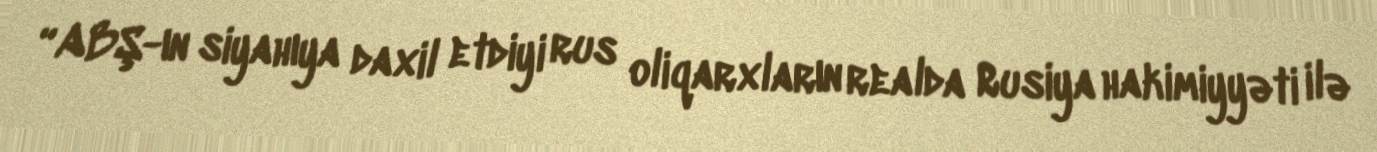
“ABŞ-ın siyahıya daxil etdiyi rus oliqarxların realda Rusiya hakimiyyəti ilə